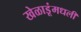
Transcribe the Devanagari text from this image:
खेळाडूंमधली